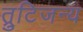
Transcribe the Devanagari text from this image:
त्रुटिजन्य